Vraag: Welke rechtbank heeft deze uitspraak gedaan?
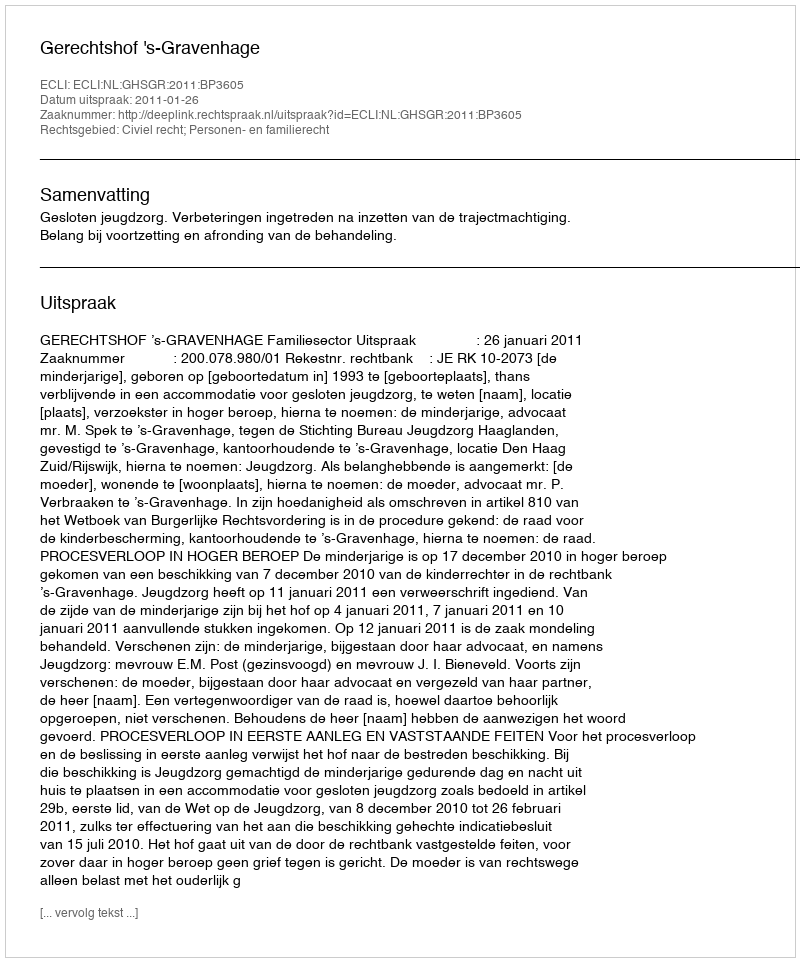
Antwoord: Gerechtshof 's-Gravenhage